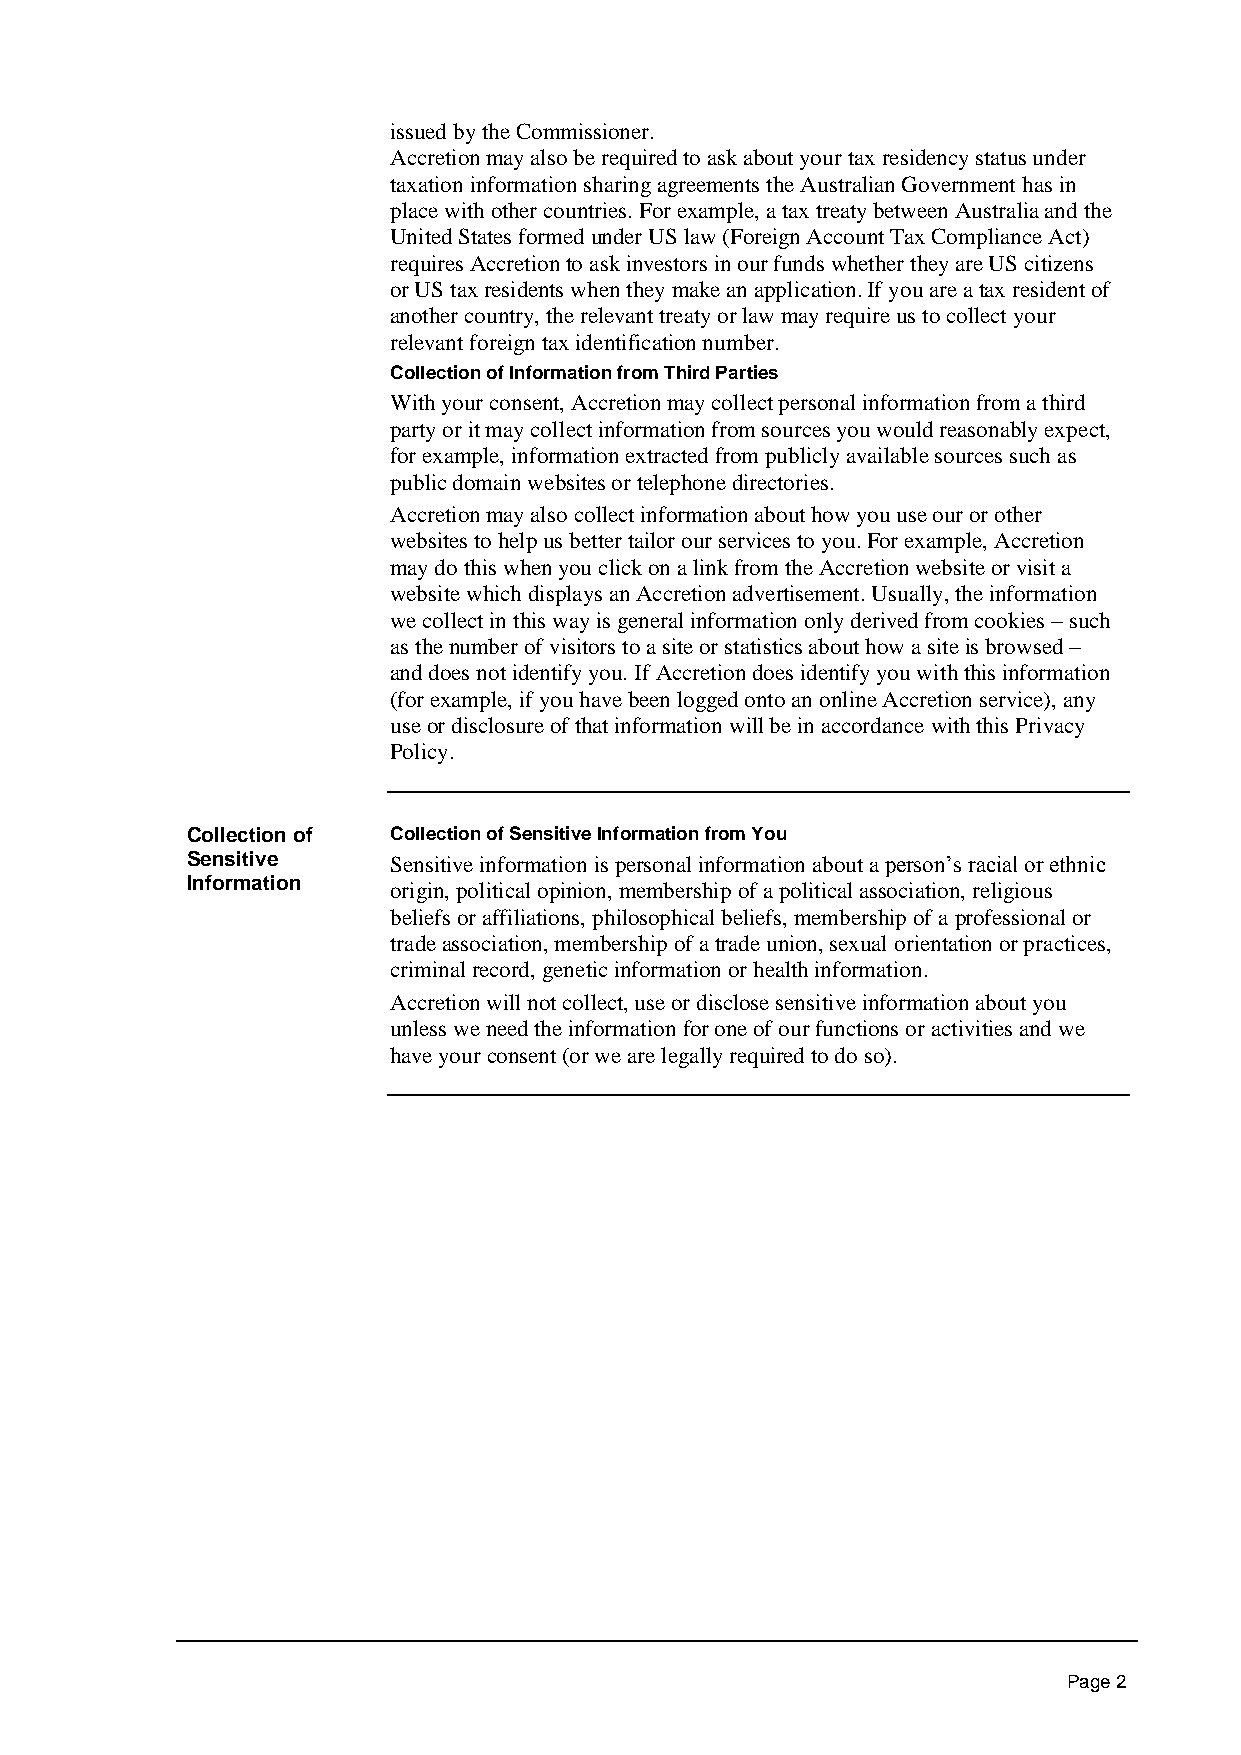
issued by the Commissioner.
 Accretion may also be required to ask about your tax residency status under
 taxation information sharing agreements the Australian Government has in
 place with other countries. For example, a tax treaty between Australia and the
 United States formed under US law (Foreign Account Tax Compliance Act)
 requires Accretion to ask investors in our funds whether they are US citizens
 or US tax residents when they make an application. If you are a tax resident of
 another country, the relevant treaty or law may require us to collect your
 relevant foreign tax identification number.
 Collection of Information from Third Parties
 With your consent, Accretion may collect personal information from a third
 party or it may collect information from sources you would reasonably expect,
 for example, information extracted from publicly available sources such as
 public domain websites or telephone directories.
 Accretion may also collect information about how you use our or other
 websites to help us better tailor our services to you. For example, Accretion
 may do this when you click on a link from the Accretion website or visit a
 website which displays an Accretion advertisement. Usually, the information
 we collect in this way is general information only derived from cookies – such
 as the number of visitors to a site or statistics about how a site is browsed –
 and does not identify you. If Accretion does identify you with this information
 (for example, if you have been logged onto an online Accretion service), any
 use or disclosure of that information will be in accordance with this Privacy
 Policy.
 Collection of Collection of Sensitive Information from You
 Sensitive     Sensitive information is personal information about a person’s racial or ethnic
 Information
 origin, political opinion, membership of a political association, religious
 beliefs or affiliations, philosophical beliefs, membership of a professional or
 trade association, membership of a trade union, sexual orientation or practices,
 criminal record, genetic information or health information.
 Accretion will not collect, use or disclose sensitive information about you
 unless we need the information for one of our functions or activities and we
 have your consent (or we are legally required to do so).
 Page 2